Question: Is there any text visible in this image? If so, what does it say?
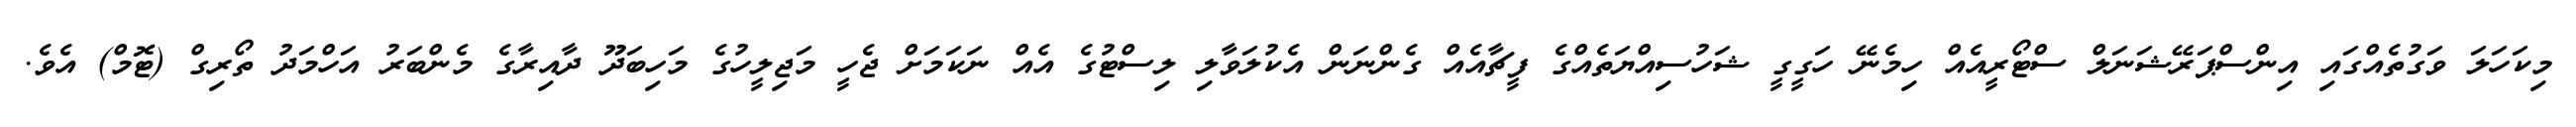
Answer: މިކަހަލަ ވަގުތެއްގައި އިންސްޕަރޭޝަނަލް ސްޓޯރީއެއް ހިމެނޭ ހަގީގީ ޝަހުސިއްޔަތެއްގެ ފީޗާއެއް ގެންނަން އެކުލަވާލި ލިސްޓުގެ އެއް ނަކަމަށް ޖެހީ މަޖިލީހުގެ މަހިބަދޫ ދާއިރާގެ މެންބަރު އަހްމަދު ތޯރިގް (ޓޮމް) އެވެ.